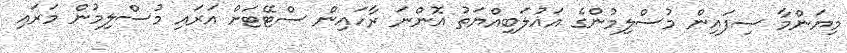
މިޔަންމާ ސިފައިން މުސްލިމުންގެ އަޣުލަބިއްޔަތު އޮންނަ ރާހައިން ސްޓޭޓަށް އަރައި މުސްލިމުން މަރައި